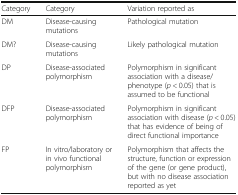
| Category | Category | Variation reported as |
 | --- | --- | --- |
 | DM | Disease-causing mutations | Pathological mutation |
 | DM? | Disease-causing mutations | Likely pathological mutation |
 | DP | Disease-associated polymorphism | Polymorphism in significant association with a disease/phenotype (p < 0.05) that is assumed to be functional |
 | DFP | Disease-associated polymorphism | Polymorphism in significant association with disease (p < 0.05) that has evidence of being of direct functional importance |
 | FP | In vitro/laboratory or in vivo functional polymorphism | Polymorphism that affects the structure, function or expression of the gene (or gene product), but with no disease association reported as yet |